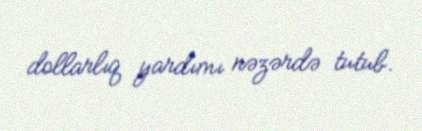
dollarlıq yardımı nəzərdə tutub.